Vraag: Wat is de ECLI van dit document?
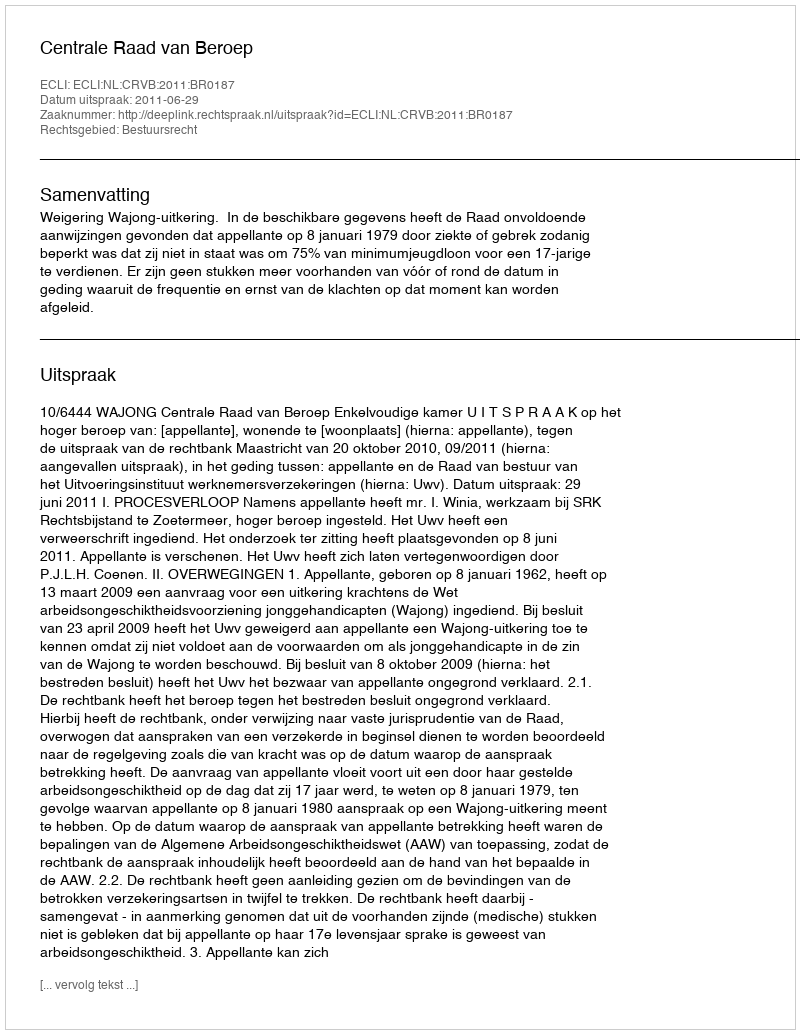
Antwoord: ECLI:NL:CRVB:2011:BR0187